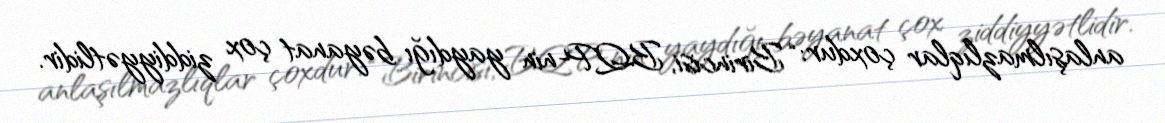
anlaşılmazlıqlar çoxdur: “Birincisi, BQP-nin yaydığı bəyanat çox ziddiyyətlidir.